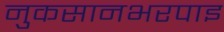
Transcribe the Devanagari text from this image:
नुकसानभरपाइ